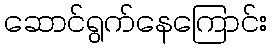
ဆောင်ရွက်နေကြောင်း